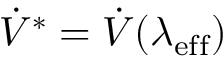
\dot { V } ^ { * } = \dot { V } ( \lambda _ { \mathrm { e f f } } )